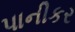
પાનીકર